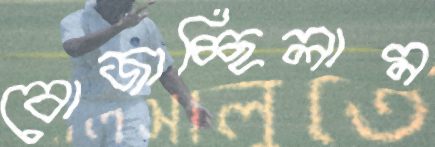
বোজাচ্ছিলাম